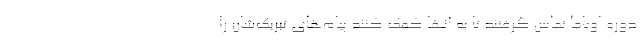
دوره اوباما تماس گرفتند تا به آنها کمک کنند پیام‌های تبریک‌شان را